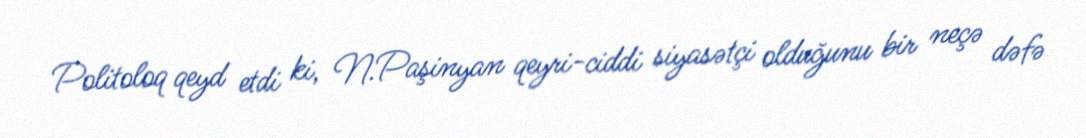
Politoloq qeyd etdi ki, N.Paşinyan qeyri-ciddi siyasətçi olduğunu bir neçə dəfə